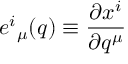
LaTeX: { e ^ { i } } _ { \mu } ( q ) \equiv \frac { \partial x ^ { i } } { \partial q ^ { \mu } }